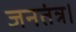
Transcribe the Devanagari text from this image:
जनतंत्र।